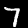
Label: 7